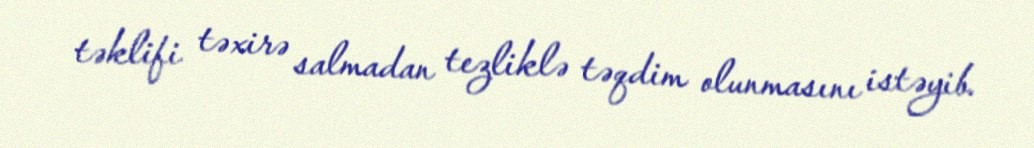
təklifi təxirə salmadan tezliklə təqdim olunmasını istəyib.